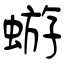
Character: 蝣